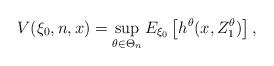
LaTeX: \begin{align*}V(\xi_0,n,x)= \sup_{\theta\in \Theta_n} E_{\xi_0}\left[h^\theta(x,Z_1^\theta)\right],\end{align*}